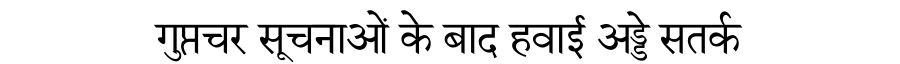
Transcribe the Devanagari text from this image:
गुप्तचर सूचनाओं के बाद हवाई अड्डे सतर्क